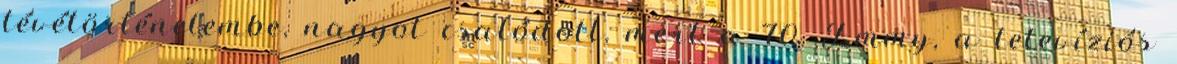
tévétörténelembe, nagyot csalódott, mert a 70. Emmy, a televíziós